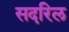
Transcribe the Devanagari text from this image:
सदरिल